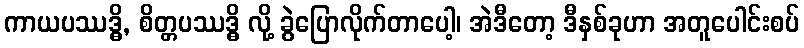
ကာယပဿဒ္ဓိ, စိတ္တပဿဒ္ဓိ လို့ ခွဲပြောလိုက်တာပေါ့၊ အဲဒီတော့ ဒီနှစ်ခုဟာ အတူပေါင်းစပ်